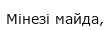
Мінезі майда,